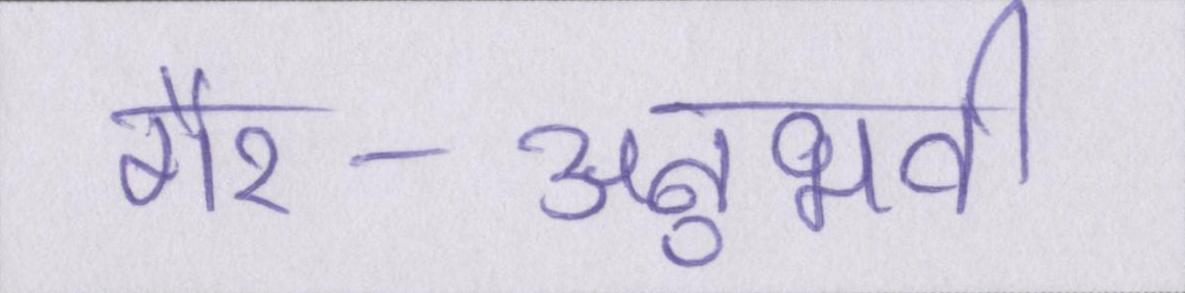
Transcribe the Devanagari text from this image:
गैर-अनुभवी